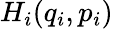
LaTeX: H_{i}(q_{i},p_{i})